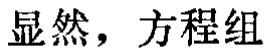
显然，方程组